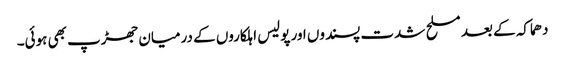
دھماکہ کے بعد مسلح شدت پسندوں اور پولیس اہلکاروں کے درمیان جھڑپ بھی ہوئی۔